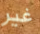
غير